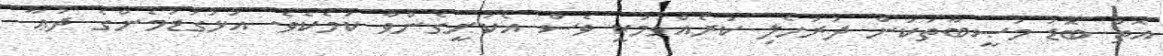
އޮތް ބޮޑު މުޞީބާތަކުން ދުރުހެލި ކުރެއްވުމަކީ ވެސް އެކަށީގެންވާ ކަމެކެވެ. އަޅުގަޑުމެންގެ ދުޢާ